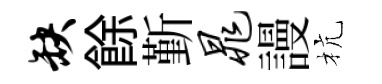
缺餘斳晁謾杭